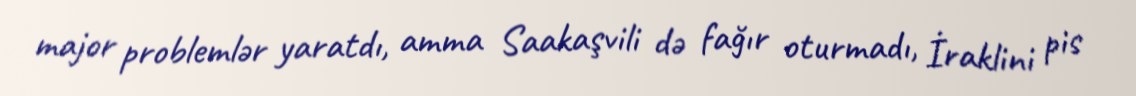
major problemlər yaratdı, amma Saakaşvili də fağır oturmadı, İraklini pis